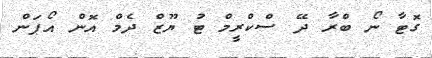
ގޮޓާ ނޯ ބްރާ ދޭ ސްކްރީމް ޓު ޔޫޒް ދެމް އޮން އޯޕަން